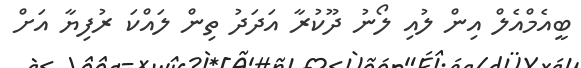
ބީއެމްއެލް އިން ލުއި ލޯނު ދޫކުރާ އަދަދު ތިން ލައްކަ ރުފިޔާ އަށް